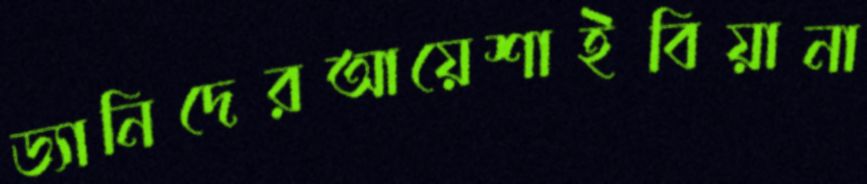
ড্যানিদেরআয়েশাইবিয়ানা